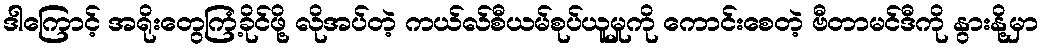
ဒါကြောင့် အရိုးတွေကြံ့ခိုင်ဖို့ လိုအပ်တဲ့ ကယ်လ်စီယမ်စုပ်ယူမှုကို ကောင်းစေတဲ့ ဗီတာမင်ဒီကို နွားနို့မှာ